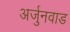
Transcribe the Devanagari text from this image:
अर्जुनवाड